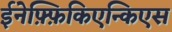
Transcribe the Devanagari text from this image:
ईनेफ़्फ़िकिएन्किएस